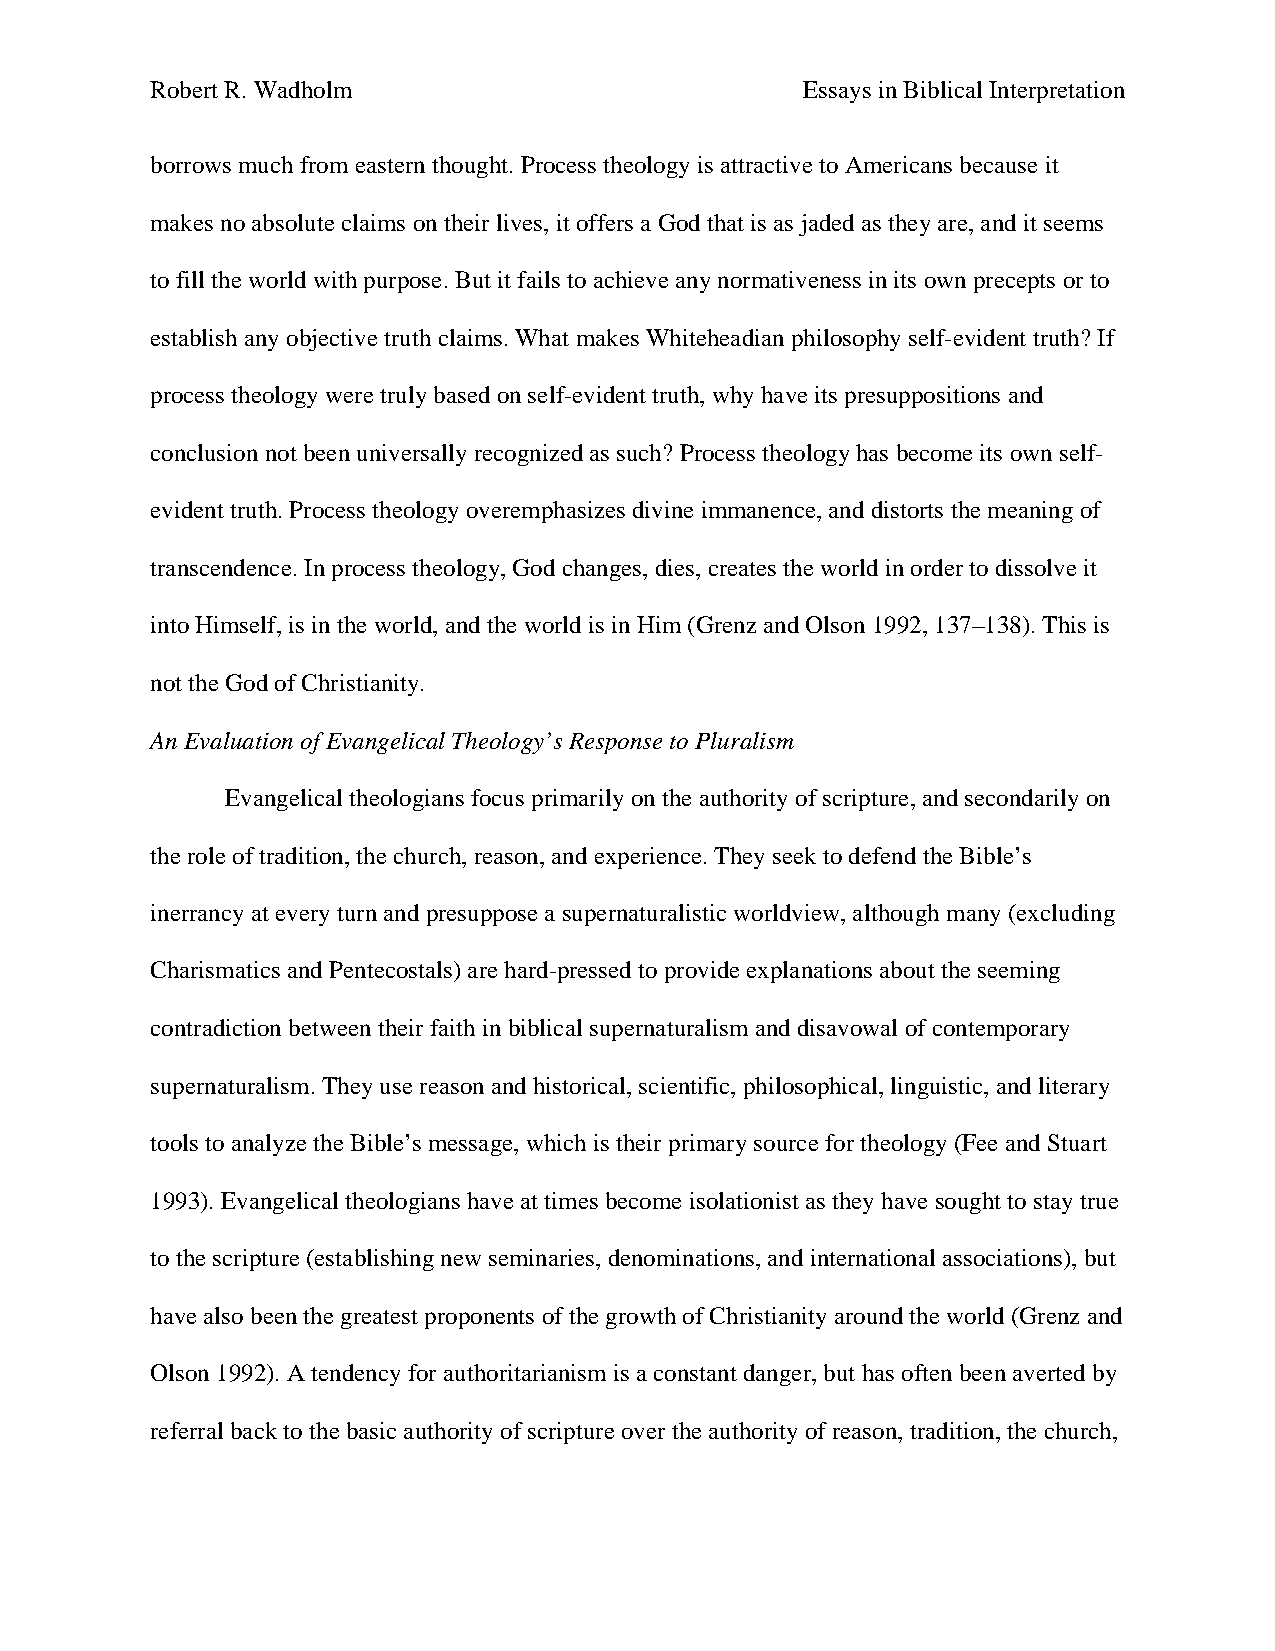
Robert R. Wadholm                          Essays in Biblical Interpretation
 borrows much from eastern thought. Process theology is attractive to Americans because it
 makes no absolute claims on their lives, it offers a God that is as jaded as they are, and it seems
 to fill the world with purpose. But it fails to achieve any normativeness in its own precepts or to
 establish any objective truth claims. What makes Whiteheadian philosophy self-evident truth? If
 process theology were truly based on self-evident truth, why have its presuppositions and
 conclusion not been universally recognized as such? Process theology has become its own self-
 evident truth. Process theology overemphasizes divine immanence, and distorts the meaning of
 transcendence. In process theology, God changes, dies, creates the world in order to dissolve it
 into Himself, is in the world, and the world is in Him (Grenz and Olson 1992, 137–138). This is
 not the God of Christianity.
 An Evaluation of Evangelical Theology’s Response to Pluralism
 Evangelical theologians focus primarily on the authority of scripture, and secondarily on
 the role of tradition, the church, reason, and experience. They seek to defend the Bible’s
 inerrancy at every turn and presuppose a supernaturalistic worldview, although many (excluding
 Charismatics and Pentecostals) are hard-pressed to provide explanations about the seeming
 contradiction between their faith in biblical supernaturalism and disavowal of contemporary
 supernaturalism. They use reason and historical, scientific, philosophical, linguistic, and literary
 tools to analyze the Bible’s message, which is their primary source for theology (Fee and Stuart
 1993). Evangelical theologians have at times become isolationist as they have sought to stay true
 to the scripture (establishing new seminaries, denominations, and international associations), but
 have also been the greatest proponents of the growth of Christianity around the world (Grenz and
 Olson 1992). A tendency for authoritarianism is a constant danger, but has often been averted by
 referral back to the basic authority of scripture over the authority of reason, tradition, the church,